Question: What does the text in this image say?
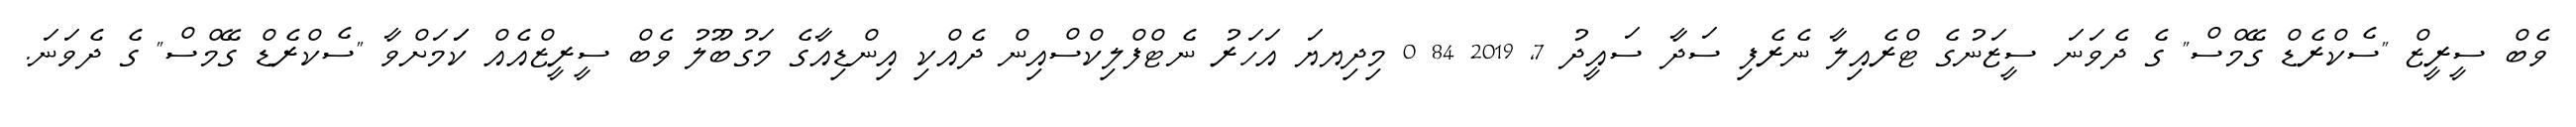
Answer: ވެބް ސީރީޒް "ސެކްރެޑް ގޭމްސް" ގެ ދެވަނަ ސީޒަނުގެ ޓްރެއިލާ ނެރެފި ސަދާ ސައީދު 7, 2019 84 0 މިދިޔޔަ އަހަރު ނެޓްފްލިކްސްއިން ދެއްކި އިންޑިއާގެ މަގުބޫލު ވެބް ސީރީޒްއެއް ކަަމަށްވާ "ސެކްރެޑް ގޭމްސް" ގެ ދެވަނަ.